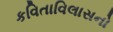
કવિતાવિલાસનો